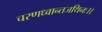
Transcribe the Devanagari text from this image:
चरणध्वान्तजथिनः।।